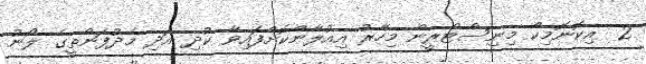
2  އިކޮނޮމިކް މިނިސްޓްރީން މިހާރު އިއުލާންކޮށްފައިވާ ކުދި އަދި މެދުފަންތީގެ ލޯނު